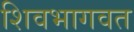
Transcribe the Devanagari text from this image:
शिवभागवत